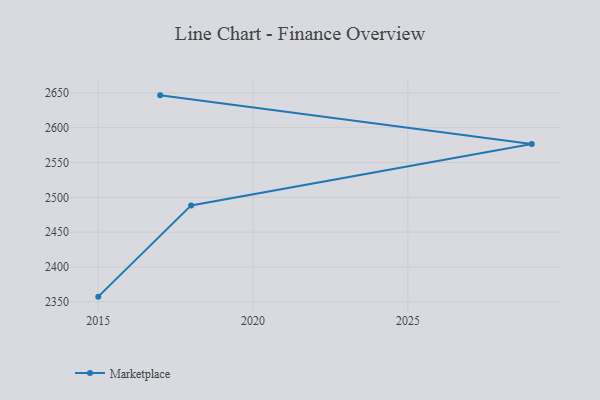
{"axis": {"x": "Year", "y": "Bounce Rate (%)"}, "legend": ["Marketplace"], "data": [{"x": "2017", "y": 2646.4, "type": "Marketplace"}, {"x": "2029", "y": 2576.7, "type": "Marketplace"}, {"x": "2018", "y": 2488.4, "type": "Marketplace"}, {"x": "2015", "y": 2357.4, "type": "Marketplace"}]}